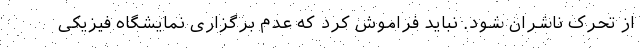
از تحرک ناشران شود. نباید فراموش کرد که عدم برگزاری نمایشگاه فیزیکی